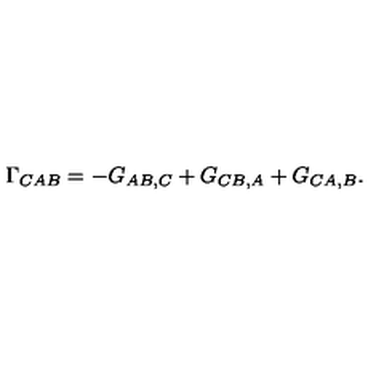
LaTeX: \Gamma _ { C A B } = - G _ { A B , C } + G _ { C B , A } + G _ { C A , B } .